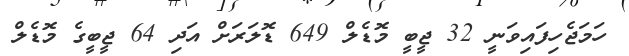
ހަމަޖެހިފައިވަނީ 32 ޖީބީ މޮޑެލް 649 ޑޮލަރަށް އަދި 64 ޖީބީގެ މޮޑެލް